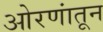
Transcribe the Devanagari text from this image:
ओरणांतून